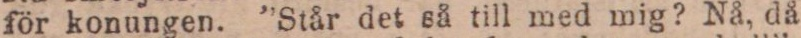
för konungen. ”Står det så till med mig? Nå, då